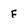
Character: F